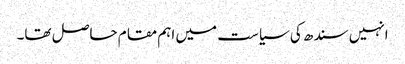
انہیں سندھ کی سیاست میں اہم مقام حاصل تھا۔